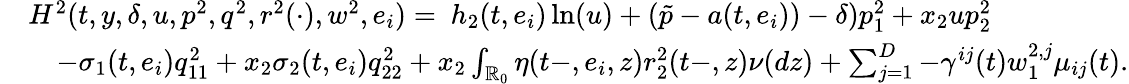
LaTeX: \begin{array}{rl}&{H^{2}(t,y,\delta,u,p^{2},q^{2},r^{2}(\cdot),w^{2},e_{i})=\ h_{2}(t,e_{i})\ln(u)+(\tilde{p}-a(t,e_{i}))-\delta)p_{1}^{2}+x_{2}up_{2}^{2}}\\ &{\quad-\sigma_{1}(t,e_{i})q_{11}^{2}+x_{2}\sigma_{2}(t,e_{i})q_{22}^{2}+x_{2}\int_{\mathbb{R}_{0}}\eta(t-,e_{i},z)r_{2}^{2}(t-,z)\nu(dz)+\sum_{j=1}^{D}-\gamma^{ij}(t)w_{1}^{2,j}\mu_{ij}(t).}\end{array}